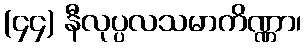
(၄၄) နီလုပ္ပလသမာကိဏ္ဏာ၊